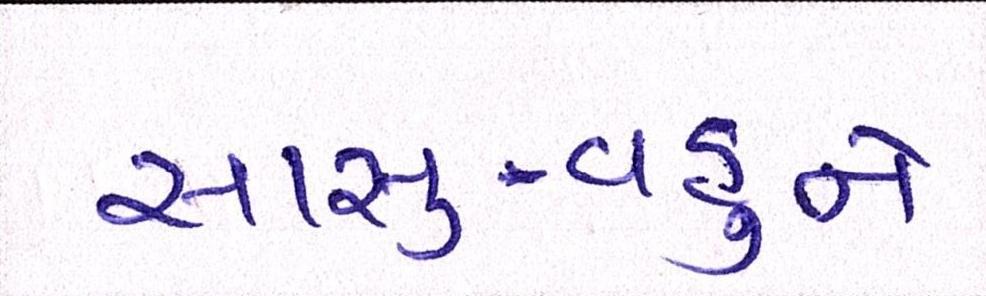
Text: સાસુ-વહુને